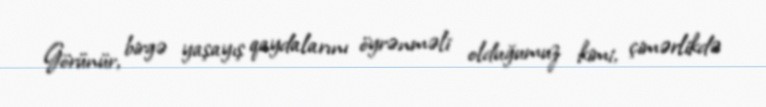
Görünür, birgə yaşayış qaydalarını öyrənməli olduğumuz kimi, çimərlikdə